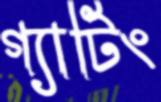
গ্যাটিং